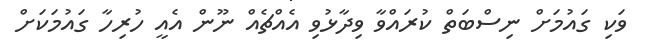
ވަކި ގައުމަށް ނިސްބަތް ކުރައްވާ ވިދާޅުވި އެއްޗެއް ނޫން އެއީ ހުރިހާ ގައުމަކަށް